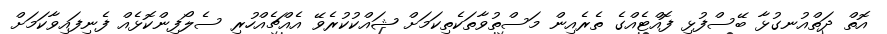
އޮތް ދަތްއުނގުޅާ ބޭސްފުޅި ފޮއްޓެއްގެ ތެރެއިން މަސްތުވާތަކެތިކަމަށް ޝައްކުކުރެވޭ އެއްޗެއްހުރި ސެލޯފިންކޮޅެއް ފެނިފައިވާކަމަށް